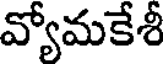
వ్యోమకేశీ